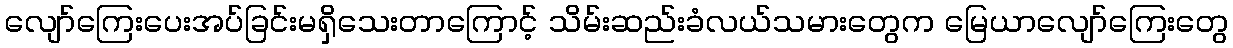
လျော်ကြေးပေးအပ်ခြင်းမရှိသေးတာကြောင့် သိမ်းဆည်းခံလယ်သမားတွေက မြေယာလျော်ကြေးတွေ